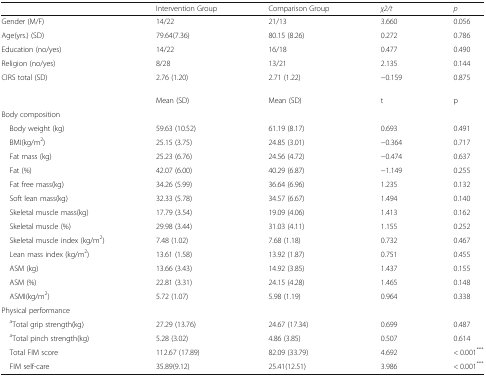
<table><thead><tr><td></td><td><b>Intervention Group</b></td><td><b>Comparison Group</b></td><td><b><i>χ2/t</i></b></td><td><b><i>p</i></b></td></tr></thead><tbody><tr><td>Gender (M/F)</td><td>14/22</td><td>21/13</td><td>3.660</td><td>0.056</td></tr><tr><td>Age(yrs.) (SD)</td><td>79.64(7.36)</td><td>80.15 (8.26)</td><td>0.272</td><td>0.786</td></tr><tr><td>Education (no/yes)</td><td>14/22</td><td>16/18</td><td>0.477</td><td>0.490</td></tr><tr><td>Religion (no/yes)</td><td>8/28</td><td>13/21</td><td>2.135</td><td>0.144</td></tr><tr><td>CIRS total (SD)</td><td>2.76 (1.20)</td><td>2.71 (1.22)</td><td>−0.159</td><td>0.875</td></tr><tr><td></td><td>Mean (SD)</td><td>Mean (SD)</td><td>t</td><td>p</td></tr><tr><td colspan="5">Body composition</td></tr><tr><td> Body weight (kg)</td><td>59.63 (10.52)</td><td>61.19 (8.17)</td><td>0.693</td><td>0.491</td></tr><tr><td> BMI(kg/m<sup>2</sup>)</td><td>25.15 (3.75)</td><td>24.85 (3.01)</td><td>−0.364</td><td>0.717</td></tr><tr><td> Fat mass (kg)</td><td>25.23 (6.76)</td><td>24.56 (4.72)</td><td>−0.474</td><td>0.637</td></tr><tr><td> Fat (%)</td><td>42.07 (6.00)</td><td>40.29 (6.87)</td><td>−1.149</td><td>0.255</td></tr><tr><td> Fat free mass(kg)</td><td>34.26 (5.99)</td><td>36.64 (6.96)</td><td>1.235</td><td>0.132</td></tr><tr><td> Soft lean mass(kg)</td><td>32.33 (5.78)</td><td>34.57 (6.67)</td><td>1.494</td><td>0.140</td></tr><tr><td> Skeletal muscle mass(kg)</td><td>17.79 (3.54)</td><td>19.09 (4.06)</td><td>1.413</td><td>0.162</td></tr><tr><td> Skeletal muscle (%)</td><td>29.98 (3.44)</td><td>31.03 (4.11)</td><td>1.155</td><td>0.252</td></tr><tr><td> Skeletal muscle index (kg/m<sup>2</sup>)</td><td>7.48 (1.02)</td><td>7.68 (1.18)</td><td>0.732</td><td>0.467</td></tr><tr><td> Lean mass index (kg/m<sup>2</sup>)</td><td>13.61 (1.58)</td><td>13.92 (1.87)</td><td>0.751</td><td>0.455</td></tr><tr><td> ASM (kg)</td><td>13.66 (3.43)</td><td>14.92 (3.85)</td><td>1.437</td><td>0.155</td></tr><tr><td> ASM (%)</td><td>22.81 (3.31)</td><td>24.15 (4.28)</td><td>1.465</td><td>0.148</td></tr><tr><td> ASMI(kg/m<sup>2</sup>)</td><td>5.72 (1.07)</td><td>5.98 (1.19)</td><td>0.964</td><td>0.338</td></tr><tr><td colspan="5">Physical performance</td></tr><tr><td> <sup>a</sup>Total grip strength(kg)</td><td>27.29 (13.76)</td><td>24.67 (17.34)</td><td>0.699</td><td>0.487</td></tr><tr><td> <sup>a</sup>Total pinch strength(kg)</td><td>5.28 (3.02)</td><td>4.86 (3.85)</td><td>0.507</td><td>0.614</td></tr><tr><td> Total FIM score</td><td>112.67 (17.89)</td><td>82.09 (33.79)</td><td>4.692</td><td>&lt; 0.001<sup>***</sup></td></tr><tr><td> FIM self-care</td><td>35.89(9.12)</td><td>25.41(12.51)</td><td>3.986</td><td>&lt; 0.001<sup>***</sup></td></tr></tbody></table>